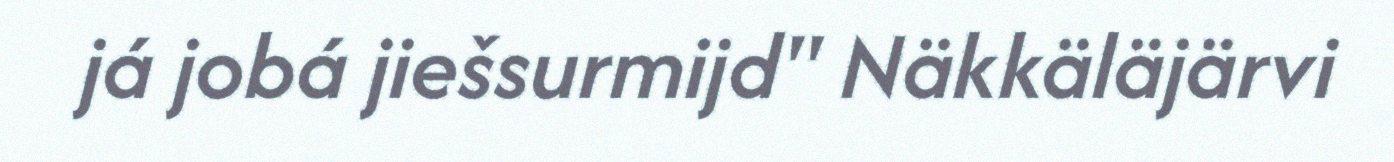
já jobá jiešsurmijd" Näkkäläjärvi